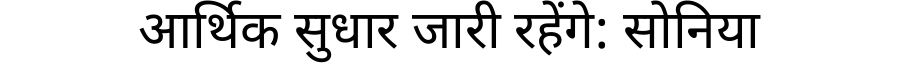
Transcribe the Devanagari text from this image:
आर्थिक सुधार जारी रहेंगे: सोनिया